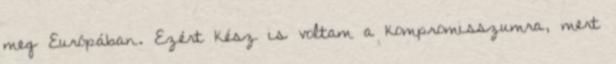
meg Európában. Ezért kész is voltam a kompromisszumra, mert